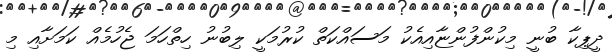
ދީޕިކާ ބުނީ މިކުންފުންޏާއިއެކު މަސައްކަތް ކުރުމަކީ ލިބުނު ހިތްހަމަ ޖެހުމެއް ކަމަށާއި މި